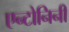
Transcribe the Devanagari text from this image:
एन्टोनिनी